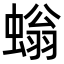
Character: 螉